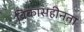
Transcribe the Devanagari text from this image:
विकासहीनता